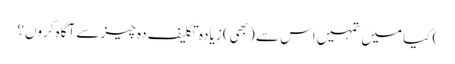
) کیا میں تمہیں اس سے (بھی) زیادہ تکلیف دہ چیز سے آگاہ کروں؟